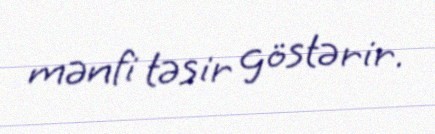
mənfi təsir göstərir.